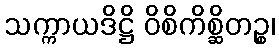
သက္ကာယဒိဋ္ဌိ ဝိစိကိစ္ဆိတဉ္စ၊